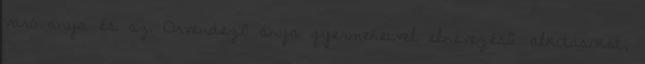
váró anya és az Örvendezõ anya gyermekeivel elnevezésû alkotásokat,